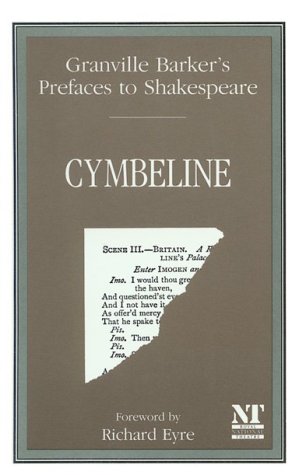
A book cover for Prefaces to Shakespeare (Granville Barker's Prefaces to Shakespeare); Harley Granville Barker; Literature & Fiction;